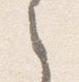
之